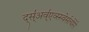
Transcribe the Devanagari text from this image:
द्स्॑अव्॑एव्स्स्वेर्सत्येरेरे